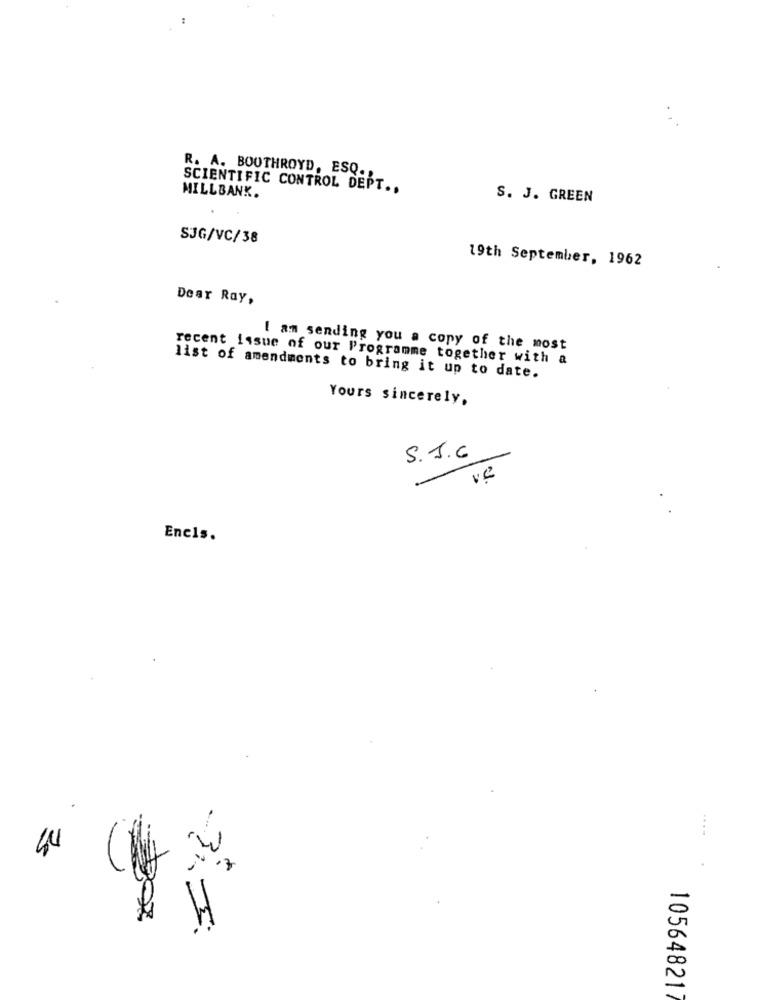
R. A. BOOTHROYD, ESQ.
SCIENTIFIC CONTROL DEPT ..
MILLBANK.
S. J. GREEN
SJG/VC/38
19th September, 1962
Dear Ray,
I am sending you a copy of the most
recent issue of our Programme together with a
list of amendments to bring it up to date.
Yours sincerely,
S.J.6
Ve
Enels.
10564821